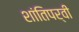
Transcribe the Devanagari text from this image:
शांतिपर्वी